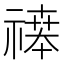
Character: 𬓒